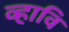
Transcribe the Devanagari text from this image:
व्हावि